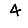
Digit: 4